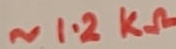
Text: ~1.2KΩ